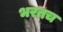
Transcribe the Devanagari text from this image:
भरतच